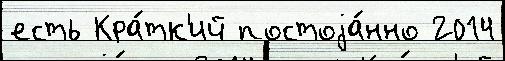
есть Кра́тк'ий постоjа́нно 2014